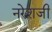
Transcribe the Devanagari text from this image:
नरेशजी